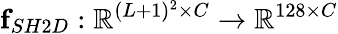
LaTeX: \mathbf{f}_{SH2D}:\mathbb{R}^{(L+1)^{2}\times C}\rightarrow\mathbb{R}^{128\times C}